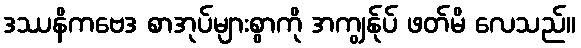
ဒဿနိကဗေဒ စာအုပ်များစွာကို အကျွန်ုပ် ဖတ်မိ လေသည်။